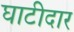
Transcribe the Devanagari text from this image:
घाटीदार